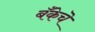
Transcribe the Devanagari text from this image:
बँकेचॆ